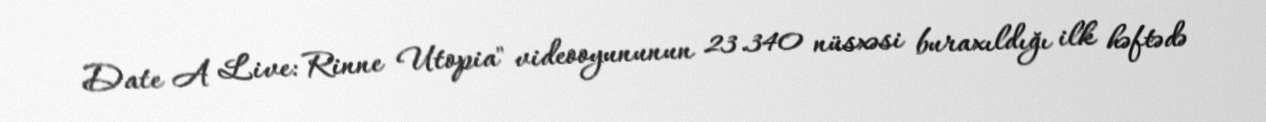
Date A Live: Rinne Utopia" videooyununun 23.340 nüsxəsi buraxıldığı ilk həftədə